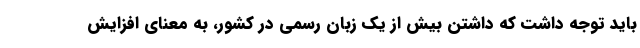
باید توجه داشت که داشتن بیش از یک زبان رسمی در کشور، به معنای افزایش